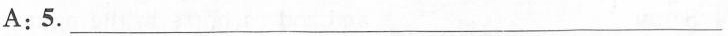
A: 5.\underline